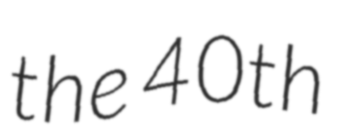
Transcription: the 40th